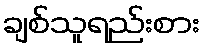
ချစ်သူရည်းစား